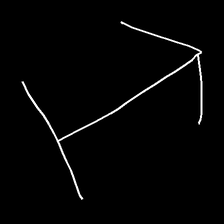
Glyph: levitation